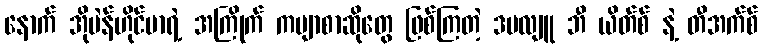
နောက် အိုပဲန်ဟိုင်မာရဲ့ အကြိုက် ကဗျာစာဆိုတွေ ဖြစ်ကြတဲ့ ဒဗလျူ ဘီ ယိတ်စ် နဲ့ တီအက်စ်